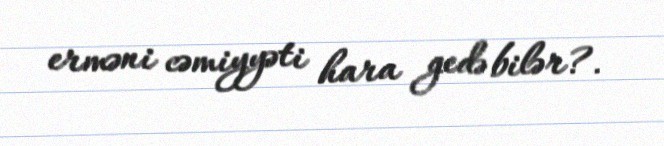
erməni cəmiyyəti hara gedə bilər?.